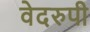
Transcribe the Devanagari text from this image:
वेदरुपी